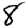
Digit: 8